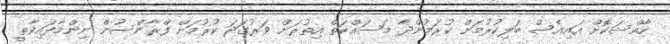
ހާއްސަކޮށް އައިއެސް ބަލިކުރުމަށް ކުރަމުންދާ މަސައްކަތް އިތުރަށް ވަރުގަދަ ކުރުމަށް ފްރާންސުން ނިންމާފައިވާތީ